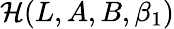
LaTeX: {\cal H}(L,A,B,\beta_{1})